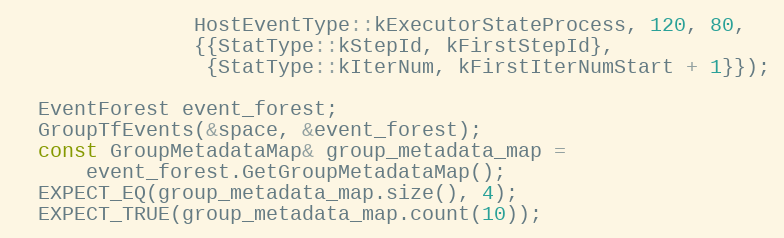
Language: C++
               HostEventType::kExecutorStateProcess, 120, 80,
               {{StatType::kStepId, kFirstStepId},
                {StatType::kIterNum, kFirstIterNumStart + 1}});

  EventForest event_forest;
  GroupTfEvents(&space, &event_forest);
  const GroupMetadataMap& group_metadata_map =
      event_forest.GetGroupMetadataMap();
  EXPECT_EQ(group_metadata_map.size(), 4);
  EXPECT_TRUE(group_metadata_map.count(10));